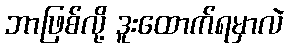
ဘာဖြစ်လို့ ဒူးထောက်ရမှာလဲ